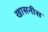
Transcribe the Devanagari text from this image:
खासनीस